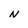
Character: N